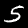
Digit: 5